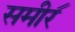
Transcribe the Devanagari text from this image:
समीर॔